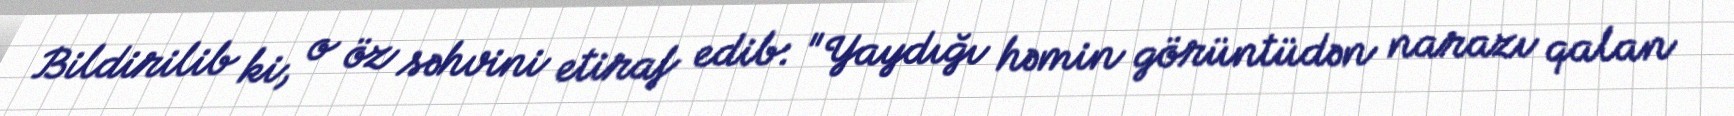
Bildirilib ki, o öz səhvini etiraf edib: "Yaydığı həmin görüntüdən narazı qalan